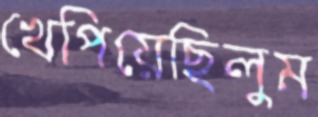
খেপিয়েছিলুম